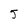
Character: 5